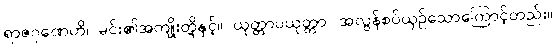
ရာဇဂုဏေဟိ၊ မင်း၏အကျိုးတို့နှင့်။ ယုတ္တာပယုတ္တာ၊ အလွန်စပ်ယှဉ်သောကြောင့်တည်း။